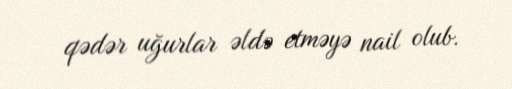
qədər uğurlar əldə etməyə nail olub.